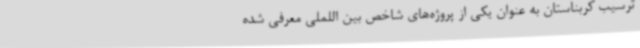
ترسیب کربناستان به عنوان یکی از پروژه‌های شاخص بین اللملی معرفی شده